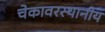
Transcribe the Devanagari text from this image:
चेकावरस्थानीय